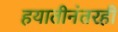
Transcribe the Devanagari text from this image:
हयातीनंतरही